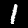
Label: 1